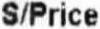
S/PRICE